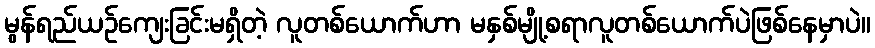
မွန်ရည်ယဉ်ကျေးခြင်းမရှိတဲ့ လူတစ်ယောက်ဟာ မနှစ်မျို့စရာလူတစ်ယောက်ပဲဖြစ်နေမှာပဲ။